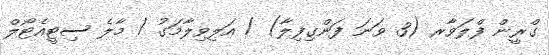
ގްރީން ފްލަވާރ (3 ވަނަ ފަންގިފިލާ) / އަލިވިލާމަގު / މާލެ ސިޓީއެޓޯލް